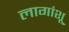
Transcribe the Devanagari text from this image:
लागांशू